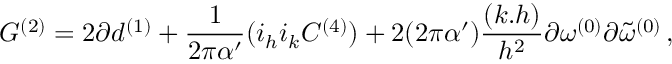
{ \cal G } ^ { ( 2 ) } = 2 \partial d ^ { ( 1 ) } + \frac { 1 } { 2 \pi \alpha ^ { \prime } } ( i _ { h } i _ { k } C ^ { ( 4 ) } ) + 2 ( 2 \pi \alpha ^ { \prime } ) \frac { ( k . h ) } { h ^ { 2 } } \partial \omega ^ { ( 0 ) } \partial { \tilde { \omega } } ^ { ( 0 ) } \, ,